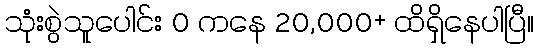
သုံးစွဲသူပေါင်း 0 ကနေ 20,000+ ထိရှိနေပါပြီ။